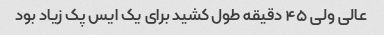
عالی ولی ۴۵ دقیقه طول کشید برای یک ایس پک زیاد بود